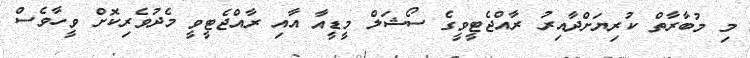
މި މުބާރާތް ކުރިޔަށްދާއިރު ރާއްޖެޓީވީގެ ސޯޝަލް މީޑީއާ އާއި ރާއްޖެޓީވީ މެދުވެރިކޮށް ވީހާވެސް